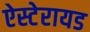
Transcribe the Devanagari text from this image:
ऐस्टेरायड